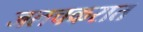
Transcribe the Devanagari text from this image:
जलचकरात